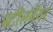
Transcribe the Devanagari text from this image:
स्टीलवेयर